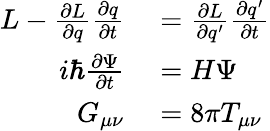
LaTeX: \begin{array}{rl}{L-\frac{\partial L}{\partial q}\frac{\partial q}{\partial t}}&{{}=\frac{\partial L}{\partial q^{\prime}}\frac{\partial q^{\prime}}{\partial t}}\\ {i\hbar\frac{\partial\Psi}{\partial t}}&{{}=H\Psi}\\ {G_{\mu\nu}}&{{}=8\pi T_{\mu\nu}}\end{array}